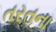
તરતના